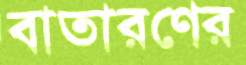
বাতারণের